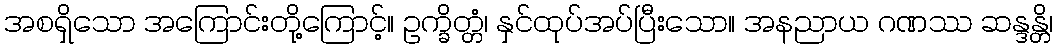
အစရှိသော အကြောင်းတို့ကြောင့်။ ဥက္ခိတ္တံ၊ နှင်ထုပ်အပ်ပြီးသော။ အနညာယ ဂဏဿ ဆန္ဒန္တိ၊